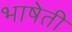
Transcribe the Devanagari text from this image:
भाषेती